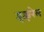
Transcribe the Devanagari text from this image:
इझरेल